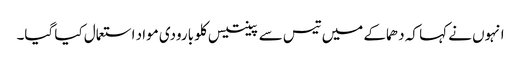
انہوں نے کہا کہ دھماکے میں تیس سے پینتیس کلو بارودی مواد استعمال کیا گیا۔